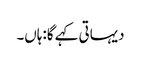
دیہاتی کہے گا:ہاں۔